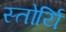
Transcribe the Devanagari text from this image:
स्तोर्यि